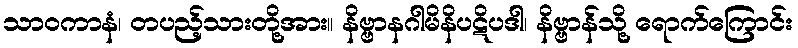
သာဝကာနံ၊ တပည့်သားတို့အား။ နိဗ္ဗာနဂါမိနိပဋိပဒါ၊ နိဗ္ဗာန်သို့ ရောက်ကြောင်း